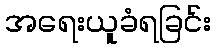
အရေးယူခံရခြင်း